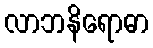
လာဘနိရောဓာ